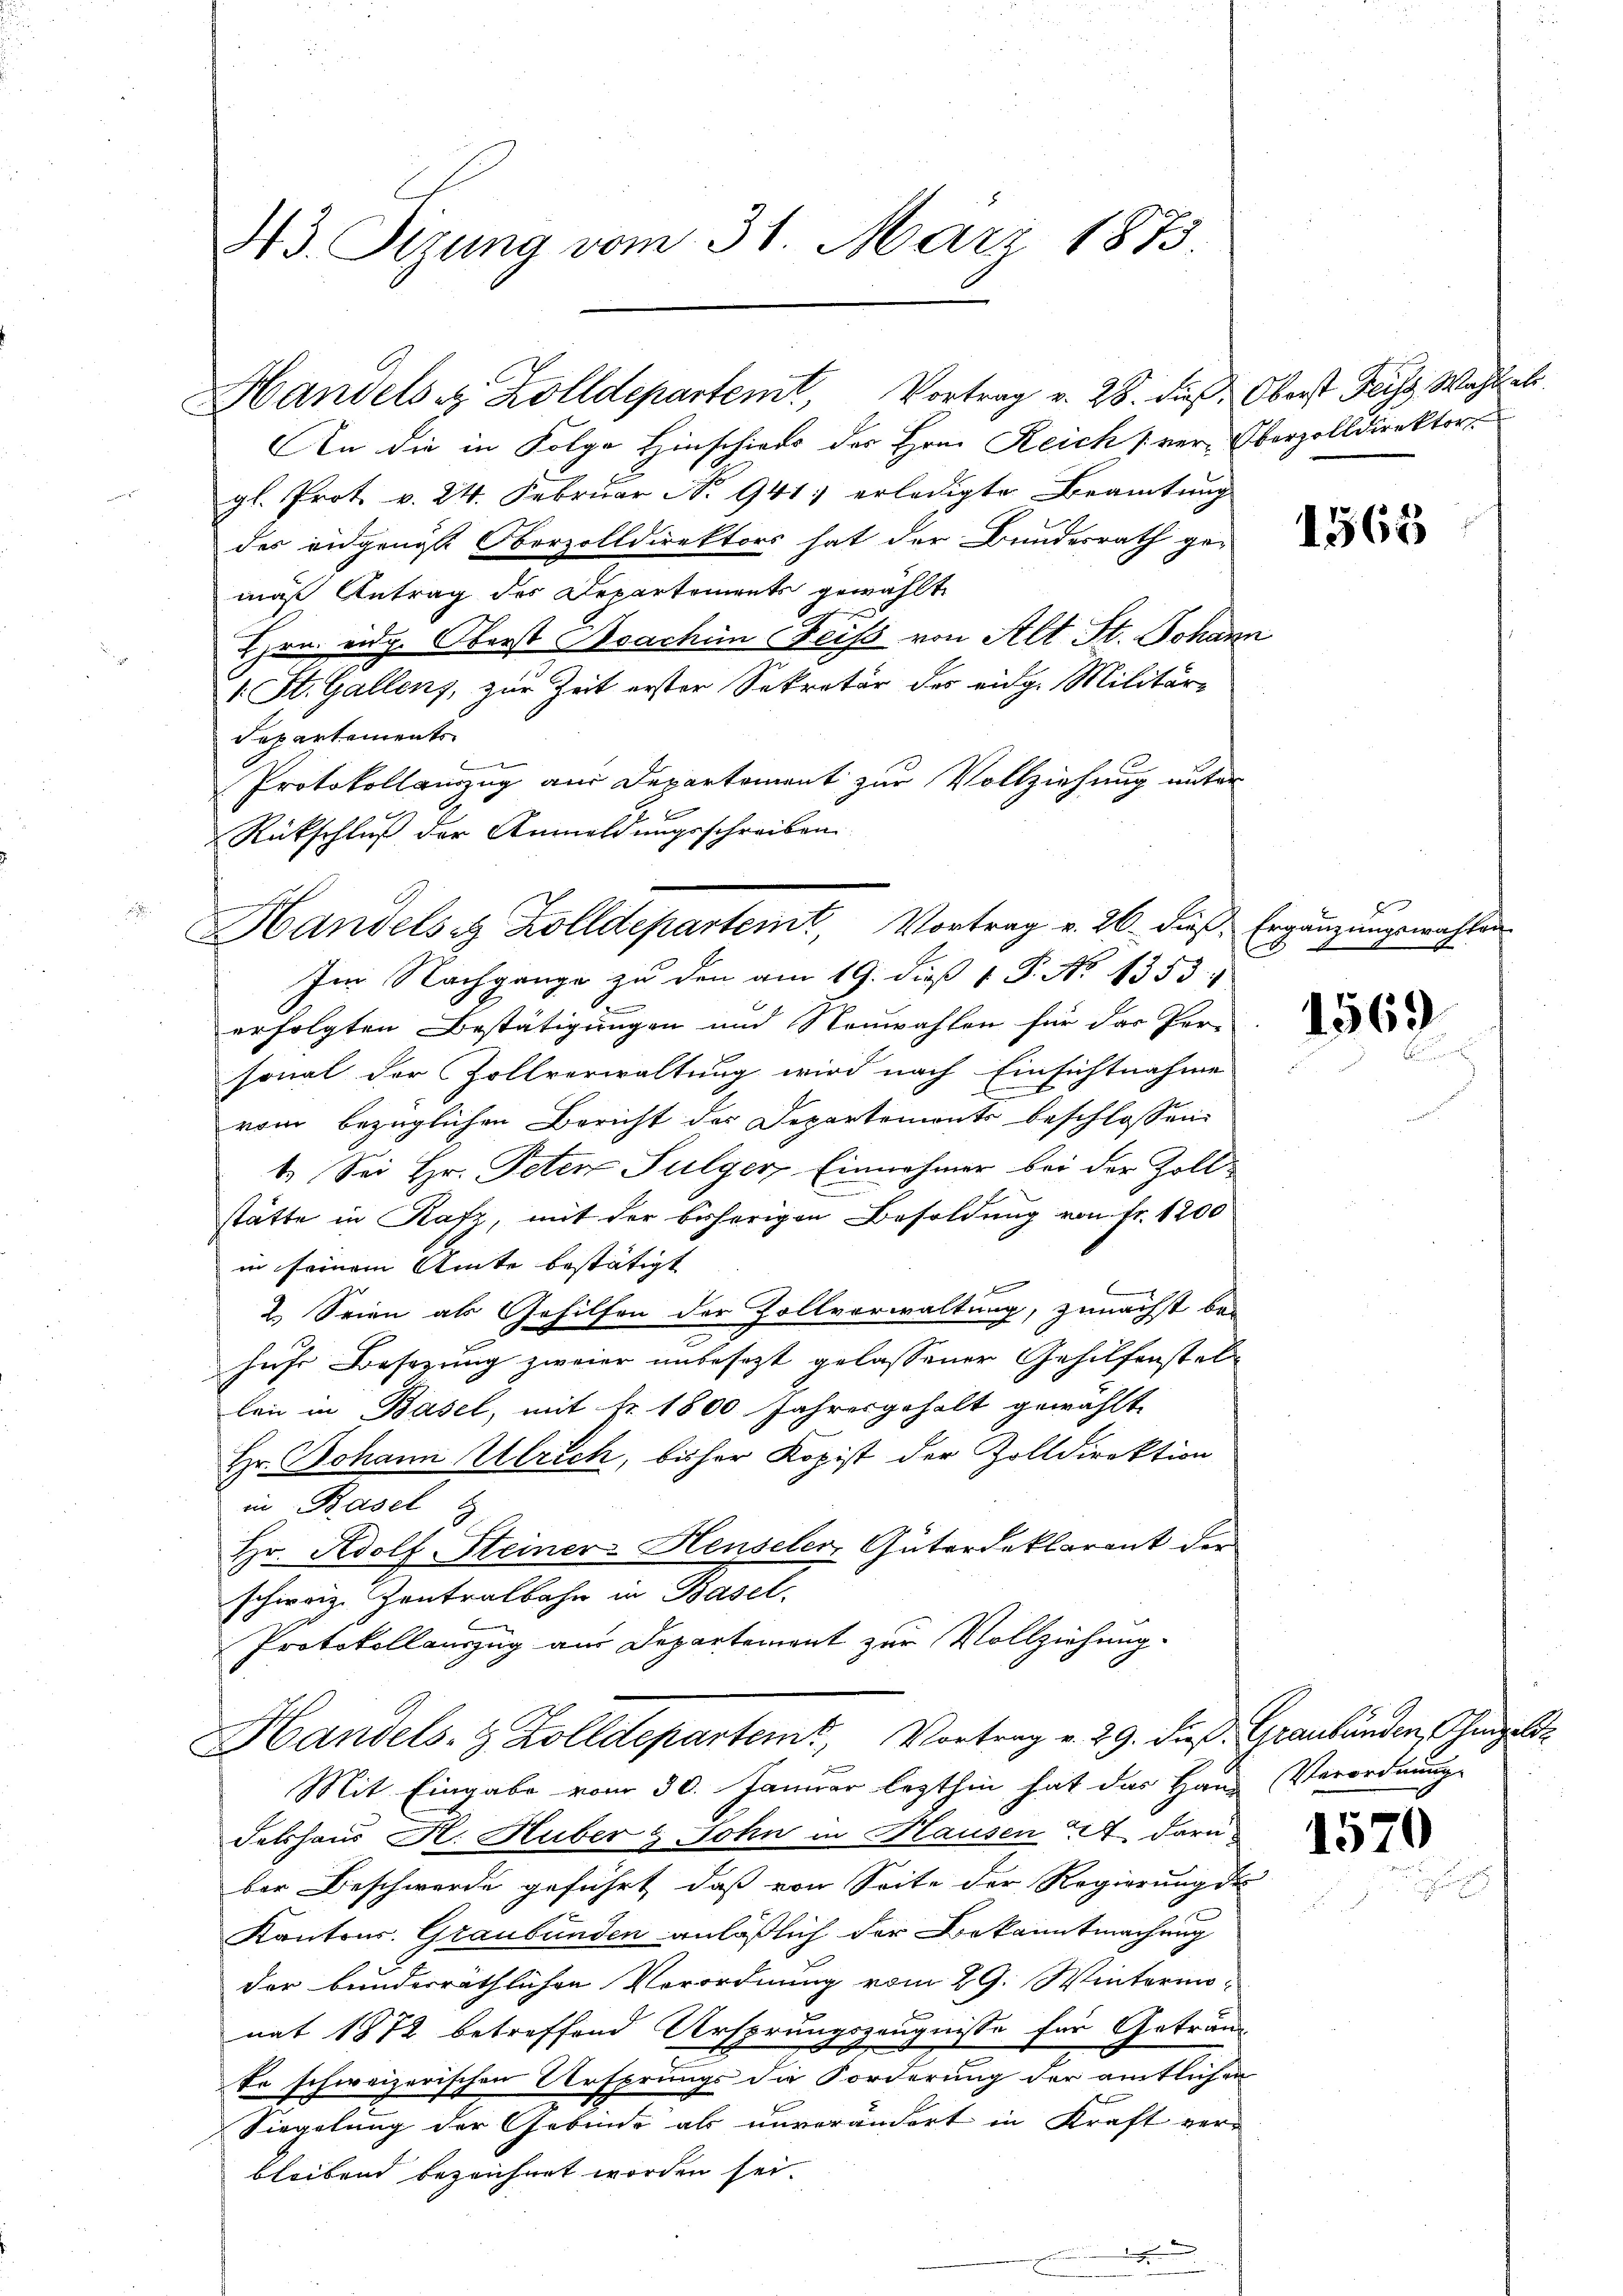
43. Segung vom 31. März 1873.

An die in Folge Hinschieds des Hrn. Reich ver-Oberzolldirektor
gl. Prot. v. 24. Februar No 941 erledigte Beamtung
des eidgenöße Oberzolldirektors hat der Bundesrath gemäß Antrag des Departements gewählt
Hrn. eidg. Oberst Joachin Feiss von Alt St. Johann
1. St. Gallens, zur Zeit erster Sekretär des eidg. Militär-
Departements
f
Protokollauszug aus Departement zur Vollziehung unter
b
erfolgten Bestätigungen und Neuwahlen für das Per-
sonal der Zollverwaltung wird nach Einsichtnahme
vom bezüglichen Bericht der Departemonts beschlossen:
1. Sei Hr. Peten Sulger Einnahmer bei der Zollstätte in Rafz, mit der bisherigen Besoldung von Fr. 1200
in seinem Amte bestätigt |
2. Seien als Gehilfen der Zollverwaltung, zunächst bei
huhr Besizung zweier unbesezt gelassener Gehilfenstellen in Basel, mit Nr. 1800 Jahresgehalt gewählt
Hr. Johann Ulrich, bisher Kopist der Zolldirektion
in Basel
Hr. Adolf Steiner-Henseler, Güterdeklarent der
schweiz. Zentralbahn in Basel.
Protokollauszug aus Departement zur Vollziehung.

Handels z. Zolldepartemt, Vortrag v. 28. dieß. Oberst Frist Wahl al

Rückschluß der Anmeldungsschreiben
Handelsiz Zolldepartemt, Vortrag v. 26. dieß. Ergänzungswahle
Im Nachgange zu den am 19. dieß 1 P. No 1353.

Handels- & Zolldepartem Vortrag v. 29. dieß. Graubünden, hingelsz

Mit Eingabe vom 30. Januar lezthin hat das Haus Verordnung
Fetshaus H. Huber & Sohn in Hausen 44 daru
ber Beschwerde geführt, daß von Seite der Regierung des
Kantons. Graubünden anläßlich der Bekanntmachung
der bunderräthlichen Verordnung vom 29. Wintermonat 1872 betreffend Ursprungszeugnisse für Geträute schweizerischen Ursprungs die Forderung der amtlichen
Siegelung der Gebinde als unverändert in Kraft ver-
bleibend bezeichnet worden sei.

1565

2

1569
b

1570